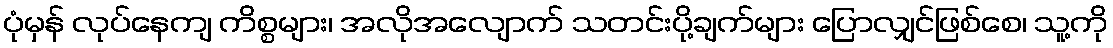
ပုံမှန် လုပ်နေကျ ကိစ္စများ၊ အလိုအလျောက် သတင်းပို့ချက်များ ပြောလျှင်ဖြစ်စေ၊ သူ့ကို